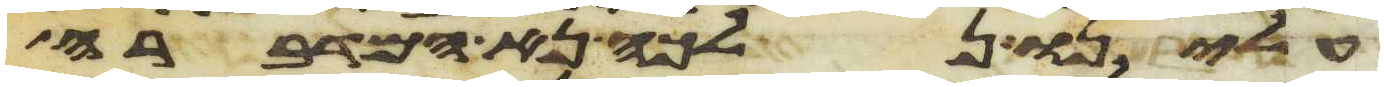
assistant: עלינו נלכה נא המדברה